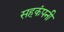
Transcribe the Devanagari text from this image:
सहकंपनी